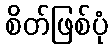
စိတ်ဖြစ်ပုံ